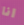
انا